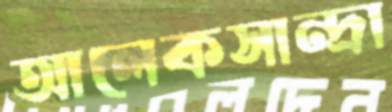
আলেকসান্দ্রা